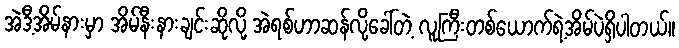
အဲဒီ့အိမ်နားမှာ အိမ်နီးနားချင်းဆိုလို့ အဲရစ်ဟာဆန်လို့ခေါ်တဲ့ လူကြီးတစ်ယောက်ရဲ့အိမ်ပဲရှိပါတယ်။